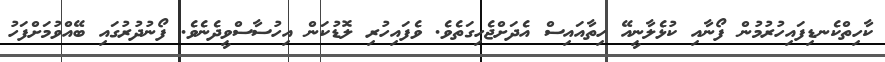
ކާހިތްކެނޑިފައިހުރުމުން ފޯނާއި ކުޅެލާނީއޭ ހިތާއައިސް އެދަށްޖެހިގަތެވެ. ވެފައިހުރި ލޮޑުކަން އިހުސާސްވީދެނެވެ. ފޯނުދުރުގައި ބޭއްވުމަށްފަހު